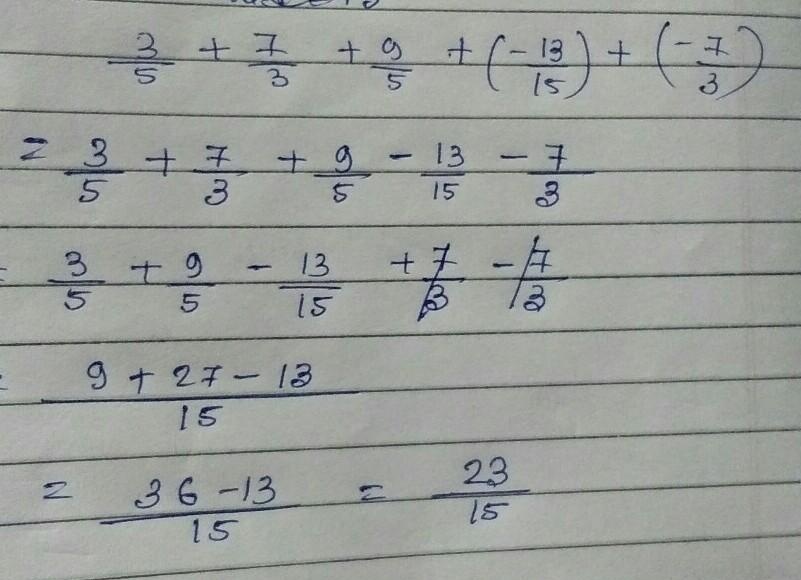
\[
\begin{align*}
&\frac{3}{5}+\frac{7}{3}+\frac{9}{5}+\left(-\frac{13}{15}\right)+\left(-\frac{7}{3}\right)\\
=&\frac{3}{5}+\frac{7}{3}+\frac{9}{5}-\frac{13}{15}-\frac{7}{3}\\
=&\frac{3}{5}+\frac{9}{5}-\frac{13}{15}+\frac{7}{3}-\frac{7}{3}\\
=&\frac{3\times3 + 9\times3 - 13}{15}\\
=&\frac{9 + 27 - 13}{15}\\
=&\frac{36 - 13}{15}\\
=&\frac{23}{15}
\end{align*}
\]